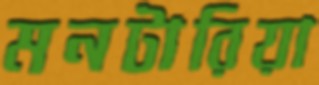
মনটারিয়া